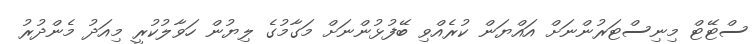
ސްޓޭޓް މިނިސްޓަރުންނަށް އައްޔަން ކުރެއްވި ބޭފުޅުންނަށް މަގާމުގެ ލިޔުން ހަވާލުކުރީ މިއަދު މެންދުރު